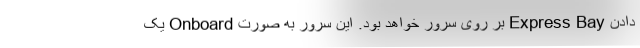
دادن Express Bay بر روی سرور خواهد بود. این سرور به صورت Onboard یک